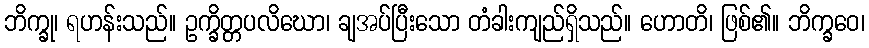
ဘိက္ခု၊ ရဟန်းသည်။ ဥက္ခိတ္တပလိဃော၊ ချအပ်ပြီးသော တံခါးကျည်ရှိသည်။ ဟောတိ၊ ဖြစ်၏။ ဘိက္ခဝေ၊